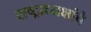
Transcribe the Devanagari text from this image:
राष्‍ट्राध्‍यक्षांचे